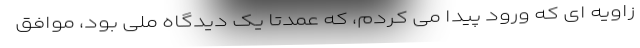
زاویه ای که ورود پیدا می کردم، که عمدتا یک دیدگاه ملی بود، موافق